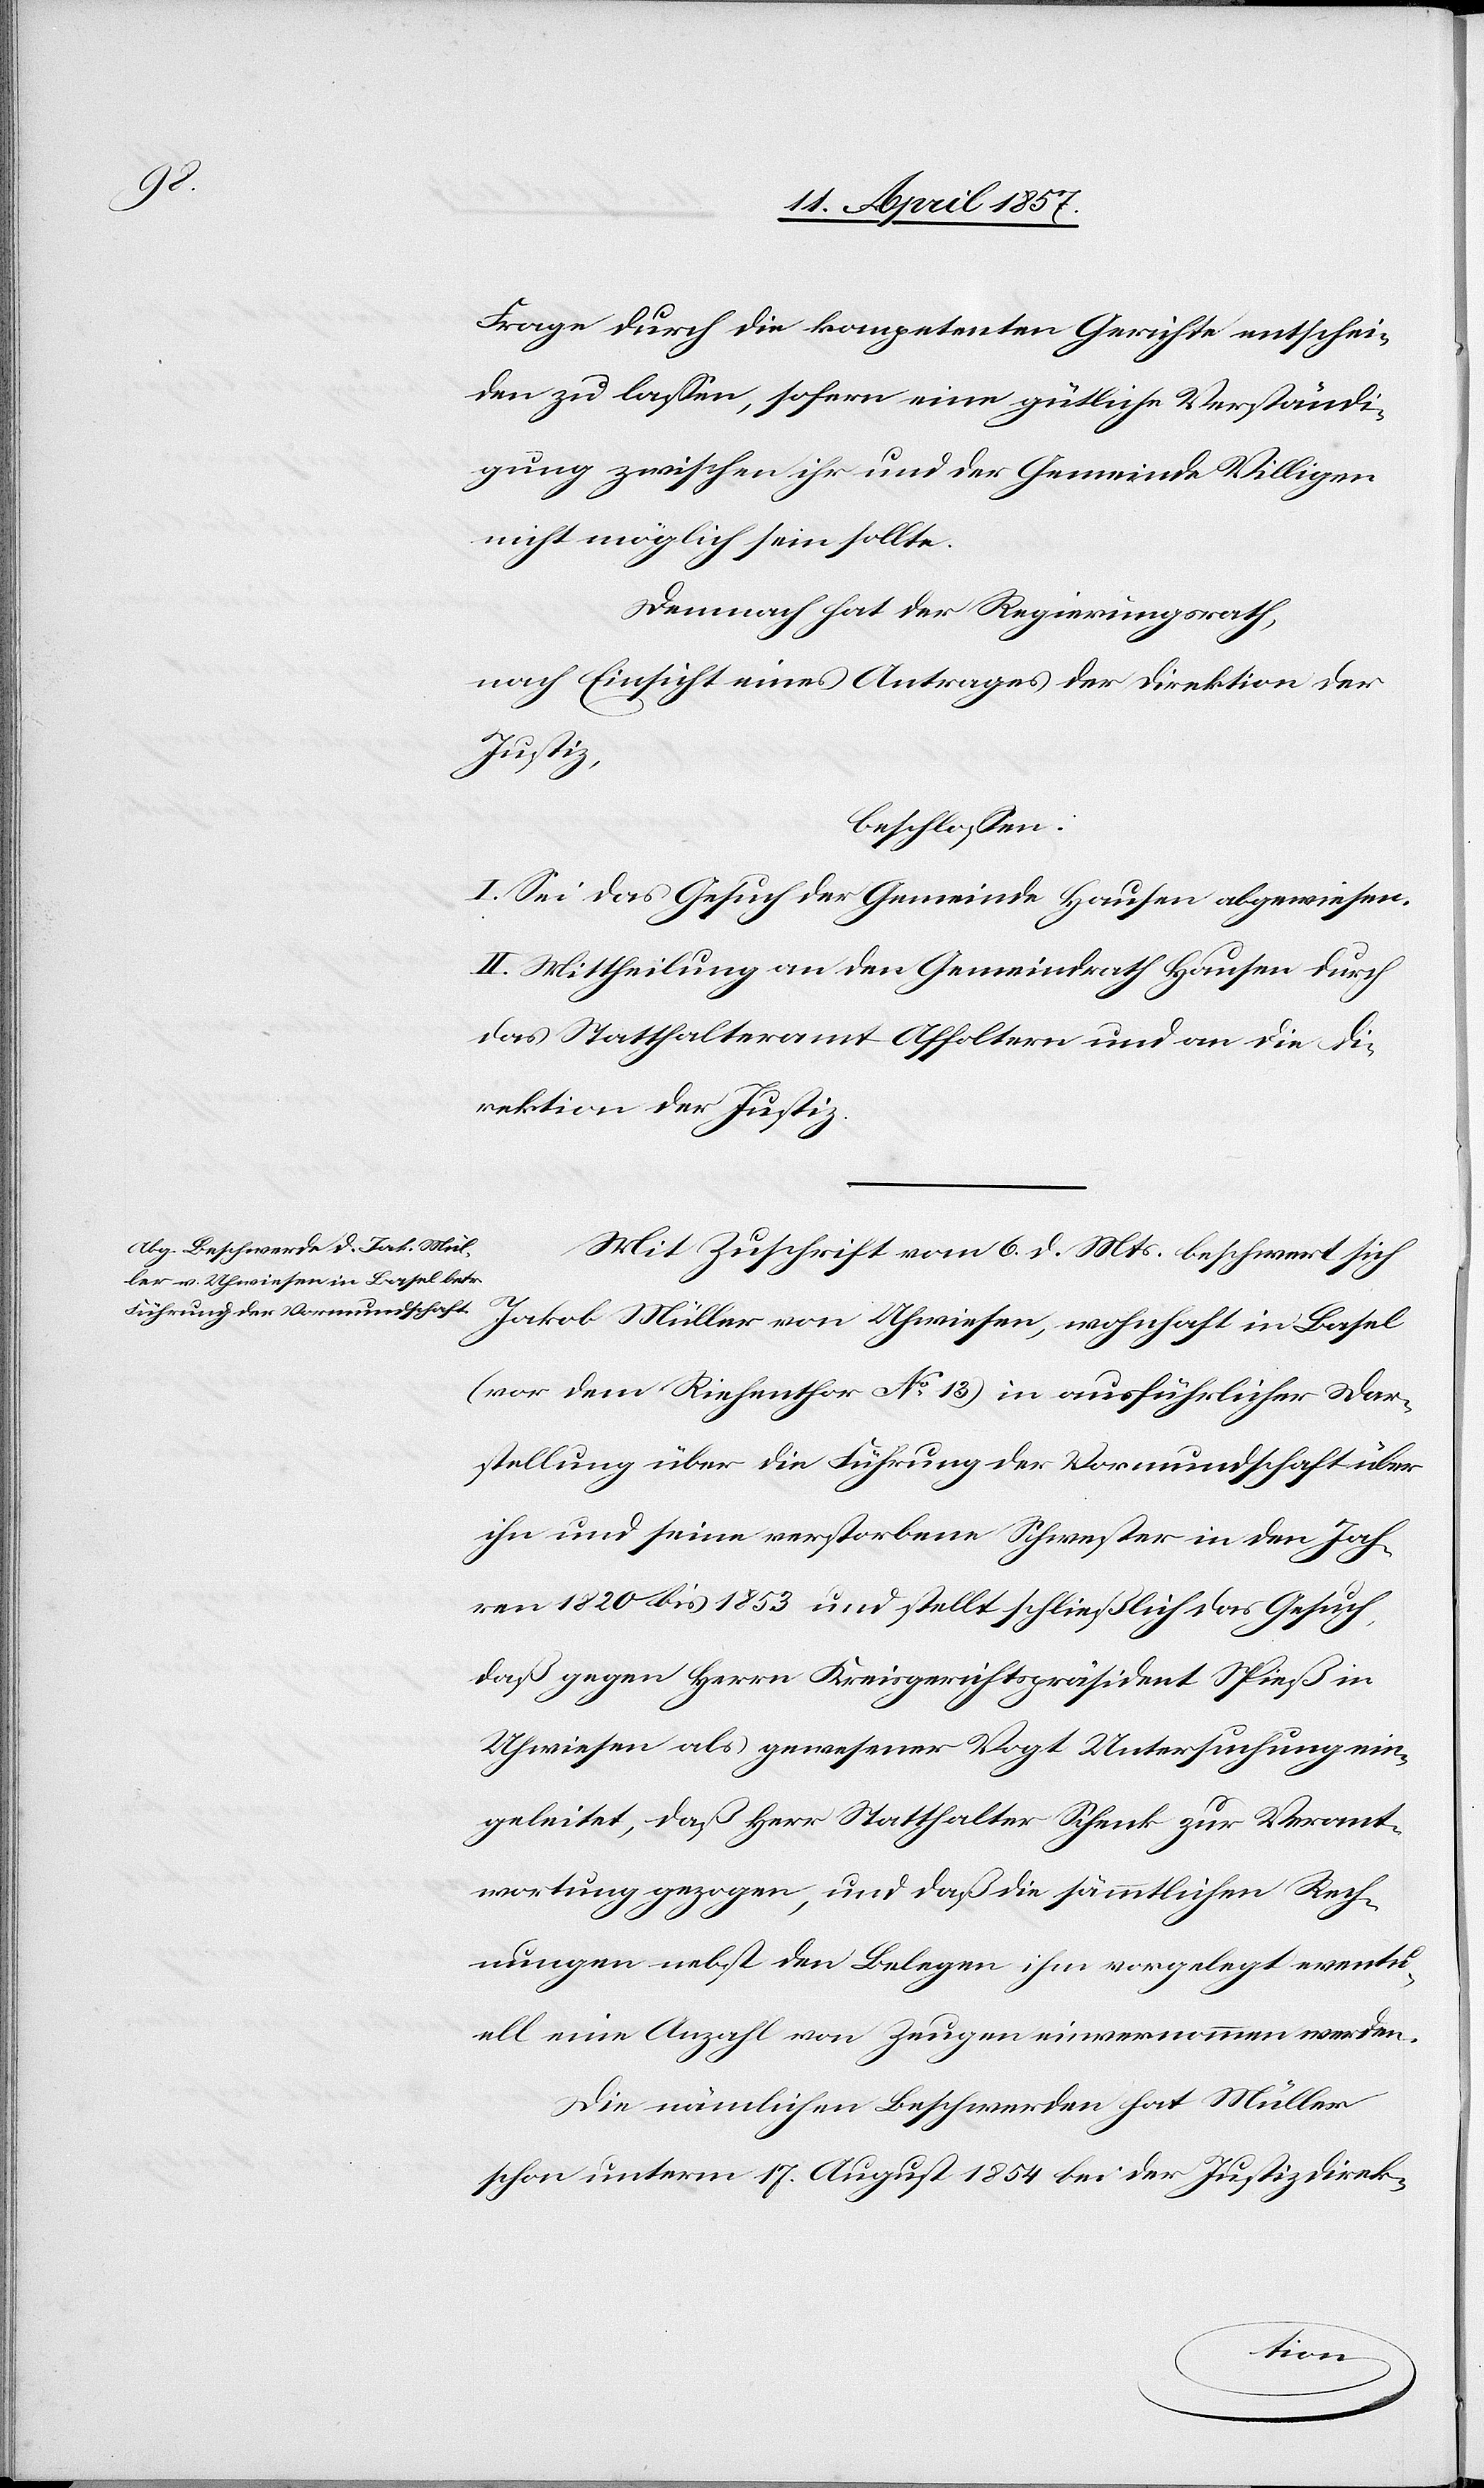
Frage durch die kompetenten Gerichte entschei¬
den zu lassen, sofern eine gütliche Verständi¬
gung zwischen ihr und der Gemeinde Villigen
nicht möglich sein sollte.
Demnach hat der Regierungsrath,
nach Einsicht eines Antrages der Direktion der
Justiz,
beschlossen:
I. Sei das Gesuch der Gemeinde Hausen abgewiesen.
II. Mittheilung an den Gemeindrath Hausen durch
das Statthalteramt Affoltern und an die Di¬
rektion der Justiz.
Mit Zuschrift vom 6. d. Mts. beschwert sich
Jakob Müller von Uhweisen, wohnhaft in Basel
(vor dem Riehenthor No 13) in ausführlicher Dar¬
stellung über die Führung der Vormundschaft über
ihn und seine verstorbene Schwester in den Jah¬
ren 1820 bis 1853 und stellt schließlich das Gesuch,
daß gegen Herrn Kreisgerichtspräsident Spieß in
Uhwiesen als gewesener Vogt Untersuchung ein¬
geleitet, daß Herr Statthalter Schenk zur Verant¬
wortung gezogen, und daß die sämmtlichen Rech¬
nungen nebst den Belegen ihm vorgelegt eventu¬
ell eine Anzahl von Zeugen einvernommen werden.
Die nämlichen Beschwerden hat Müller
schon unterm 17. August 1854 bei der Justizdirek-